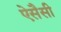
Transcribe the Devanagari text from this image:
ऐसैसी